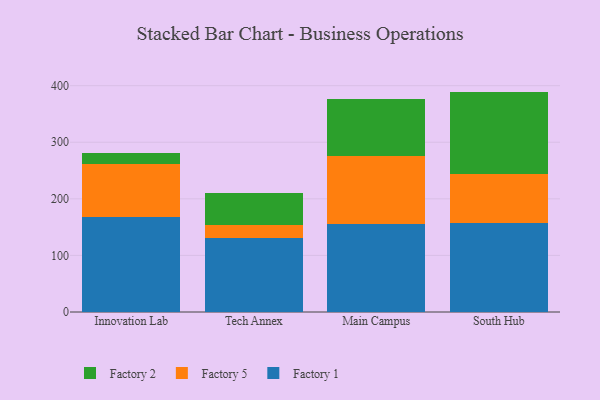
{"axis": {"x": "Campus", "y": "Production Output"}, "legend": ["Factory 1", "Factory 2", "Factory 5"], "data": [{"x": "Innovation Lab", "y": 167.8, "type": "Factory 1"}, {"x": "Innovation Lab", "y": 93.0, "type": "Factory 5"}, {"x": "Innovation Lab", "y": 19.9, "type": "Factory 2"}, {"x": "Tech Annex", "y": 130.0, "type": "Factory 1"}, {"x": "Tech Annex", "y": 24.5, "type": "Factory 5"}, {"x": "Tech Annex", "y": 56.2, "type": "Factory 2"}, {"x": "Main Campus", "y": 155.0, "type": "Factory 1"}, {"x": "Main Campus", "y": 121.3, "type": "Factory 5"}, {"x": "Main Campus", "y": 99.9, "type": "Factory 2"}, {"x": "South Hub", "y": 158.1, "type": "Factory 1"}, {"x": "South Hub", "y": 85.6, "type": "Factory 5"}, {"x": "South Hub", "y": 145.8, "type": "Factory 2"}]}